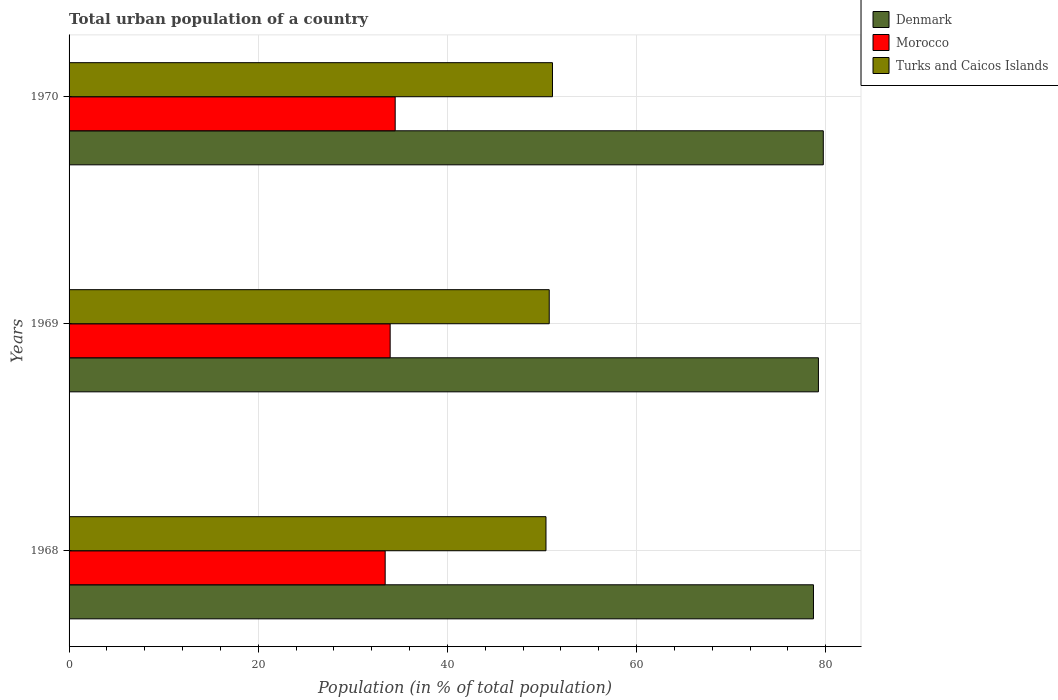
| Years | Denmark | Morocco | Turks and Caicos Islands |
 | --- | --- | --- | --- |
 | 1968 | 78.7 | 33.4 | 50.4 |
 | 1969 | 79.2 | 33.9 | 50.8 |
 | 1970 | 79.7 | 34.5 | 51.1 |